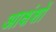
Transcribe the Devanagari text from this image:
आक्षंशों